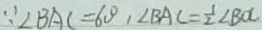
\because \angle B A C = 6 0 ^ { \circ } , \angle B A C = \frac { 1 } { 2 } \angle B O C